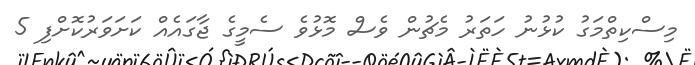
މިސްކިތްމަގު ކުޅުނު ހަތަރު މެޗުން ވެސް މޮޅުވެ ސެމީގެ ޖާގައެއް ކަށަވަރުކޮށްފި 5